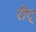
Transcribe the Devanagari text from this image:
रौट्